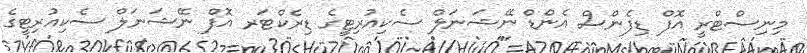
މިނިސްޓްރީ އޮފް ޑިފެންސް އެންޑް ނޭޝަނަލް ސެކިއުރިޓީގެ ޑިރެކްޓަރ އޮފް ނޭޝަނަލް ސެކިއުރިޓީގެ